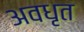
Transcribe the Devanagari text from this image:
अवधृत